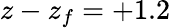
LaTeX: z-z_{f}=+1.2